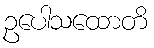
ဥပေါသထောတိ